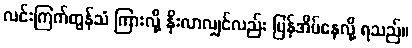
လင်းကြက်တွန်သံ ကြားလို့ နိုးလာလျှင်လည်း ပြန်အိပ်နေလို့ ရသည်။